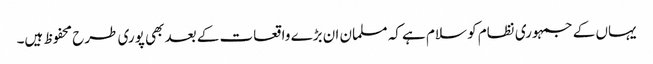
یہاں کے جمہوری نظام کو سلام ہے کہ مسلمان ان بڑے واقعات کے بعد بھی پوری طرح محفوظ ہیں۔